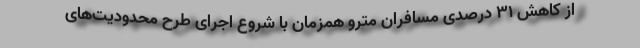
از کاهش ۳۱ درصدی مسافران مترو همزمان با شروع اجرای طرح محدودیت‌های